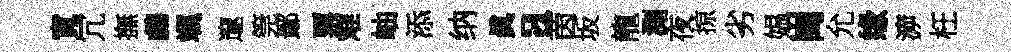
寬冗撫鸕颯邃筦鄢票难岫添纳眞a茵坂龍測夜掠劣媪崗允缘㴑枉